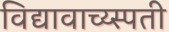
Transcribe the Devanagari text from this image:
विद्यावाच्य्स्पती